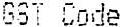
GST CODE